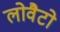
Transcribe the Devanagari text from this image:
लोवैटो